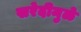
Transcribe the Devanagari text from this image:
खरेदीमुळे